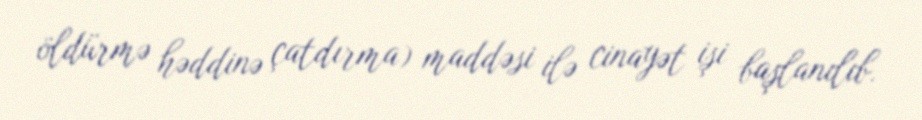
öldürmə həddinə çatdırma) maddəsi ilə cinayət işi başlanılıb.